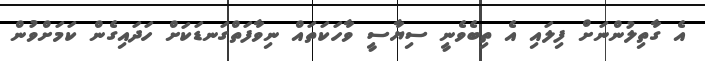
އެ ގާތިލުންނަށް ފިލައި އެ ތިބެވެނީ ސިޔާސީ ވާހަކަތައް ނިވާފަތްގަނޑަކަށް ހަދައިގެން ކަމަށްވުން